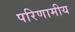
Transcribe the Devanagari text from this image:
परिणामीय